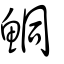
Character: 鮦